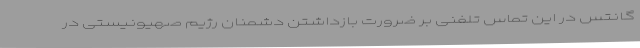
گانتس در این تماس تلفنی بر ضرورت بازداشتن دشمنان رژیم صهیونیستی در